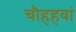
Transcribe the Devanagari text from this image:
चौहहवां